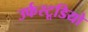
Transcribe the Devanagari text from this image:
उर्फस्टूडियो